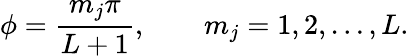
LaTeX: \phi=\frac{m_{j}\pi}{L+1},\qquad m_{j}=1,2,\ldots,L.